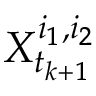
X _ { t _ { k + 1 } } ^ { i _ { 1 } , i _ { 2 } }